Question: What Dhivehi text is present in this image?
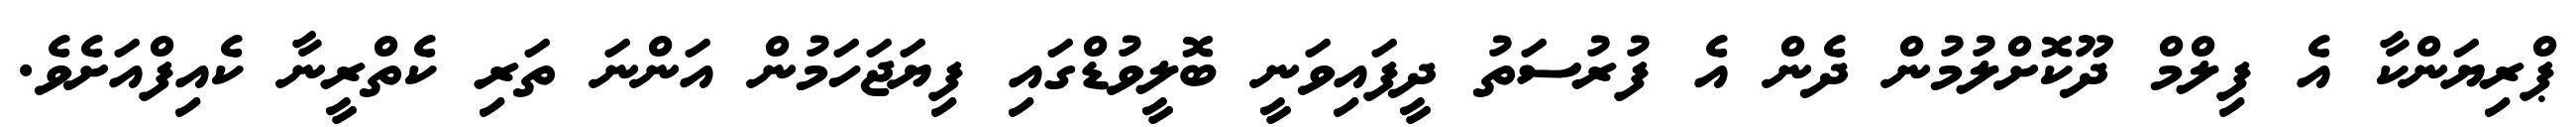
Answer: ޕްރިޔަންކާ އެ ފިލްމް ދޫކޮށްލުމުން ދެން އެ ފުރުސަތު ދީފައިވަނީ ބޮލީވުޑްގައި ފިޔަޖަހަމުން އަންނަ ތަރި ކެތްރީނާ ކެއިފްއަށެވެ.